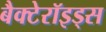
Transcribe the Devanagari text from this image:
बैक्टेरॉइड्स